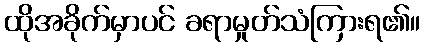
ထိုအခိုက်မှာပင် ခရာမှုတ်သံကြားရ၏။